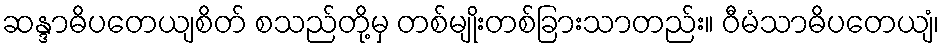
ဆန္ဒာဓိပတေယျစိတ် စသည်တို့မှ တစ်မျိုးတစ်ခြားသာတည်း။ ဝီမံသာဓိပတေယျံ၊